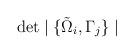
LaTeX: \begin{align*} \det \mid \{\tilde{\Omega}_i,\Gamma_j \} \mid\end{align*}